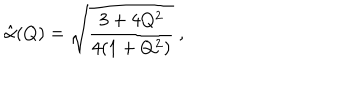
LaTeX: \hat { \alpha } ( Q ) = \sqrt { { \frac { 3 + 4 Q ^ { 2 } } { 4 ( 1 + Q ^ { 2 } ) } } } \ ,